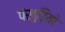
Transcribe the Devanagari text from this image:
पंखुड़ियो